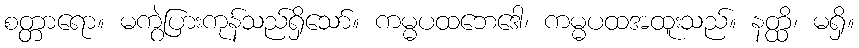
စတ္တာရော။ မကွဲပြားကုန်သည်ရှိသော်။ ကမ္မပထဘေဒေါ၊ ကမ္မပထအထူးသည်။ နတ္ထိ၊ မရှိ။